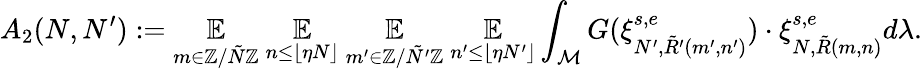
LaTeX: A_{2}(N,N^{\prime}):=\underset{m\in\mathbb{Z}/\tilde{N}\mathbb{Z}}{\mathbb{E}}~\underset{n\leq\lfloor\eta N\rfloor}{\mathbb{E}}~\underset{m^{\prime}\in\mathbb{Z}/\tilde{N^{\prime}}\mathbb{Z}}{\mathbb{E}}~\underset{n^{\prime}\leq\lfloor\eta N^{\prime}\rfloor}{\mathbb{E}}\int_{\mathcal{M}}G(\xi_{N^{\prime},\tilde{R}^{\prime}(m^{\prime},n^{\prime})}^{s,e})\cdot\xi_{N,\tilde{R}(m,n)}^{s,e}d\lambda.